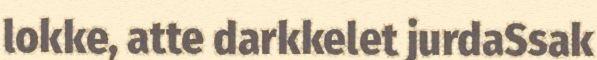
lokke, atte darkkelet jurdaSsak